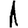
Digit: 1